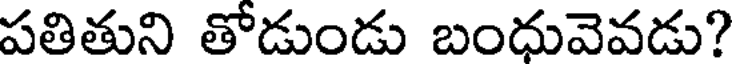
పతితుని తోడుండు బంధువెవడు?